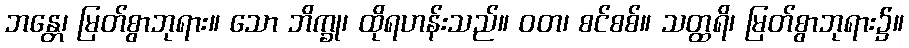
ဘန္တေ၊ မြတ်စွာဘုရား။ သော ဘိက္ခု၊ ထိုရဟန်းသည်။ ဝတ၊ စင်စစ်။ သတ္ထရိ၊ မြတ်စွာဘုရား၌။